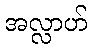
အလ္လာဟ်